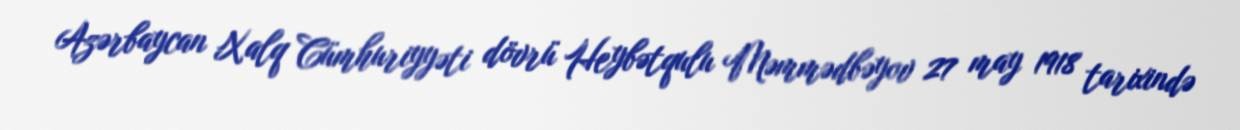
Azərbaycan Xalq Cümhuriyyəti dövrü Heybətqulu Məmmədbəyov 27 may 1918 tarixində